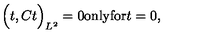
\Big ( t , C t \Big ) _ { L ^ { 2 } } = 0 \mathrm { o n l y f o r } t = 0 ,